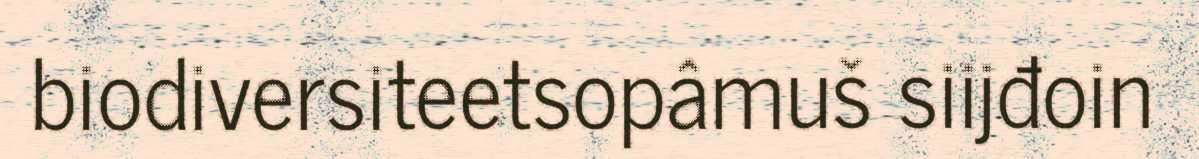
biodiversiteetsopâmuš siijđoin